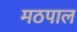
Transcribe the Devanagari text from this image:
मठपाल